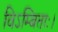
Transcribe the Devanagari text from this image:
विऽम्बिताः।